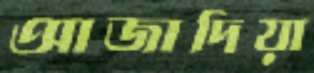
আজাদিয়া